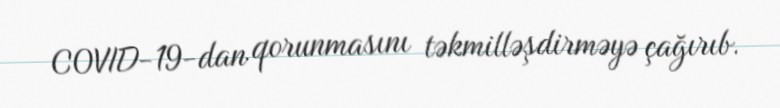
COVID-19-dan qorunmasını təkmilləşdirməyə çağırıb.